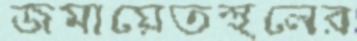
জমায়েতস্থলের